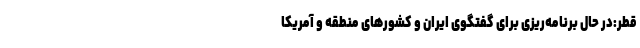
قطر:در حال برنامه‌ریزی برای گفتگوی ایران و کشورهای منطقه و آمریکا